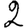
Digit: 2